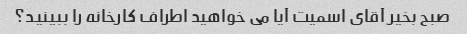
صبح بخیر آقای اسمیت آیا می خواهید اطراف کارخانه را ببینید؟